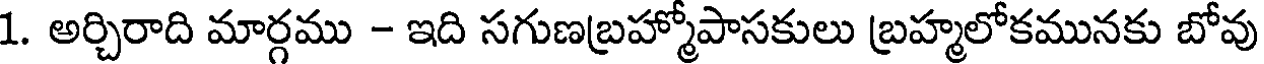
1. అర్చిరాది మార్గము - ఇది సగుణబ్రహ్మోపాసకులు బ్రహ్మలోకమునకు బోవు